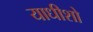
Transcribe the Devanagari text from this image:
याधीशो